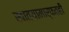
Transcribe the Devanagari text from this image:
खात्यामार्फतही